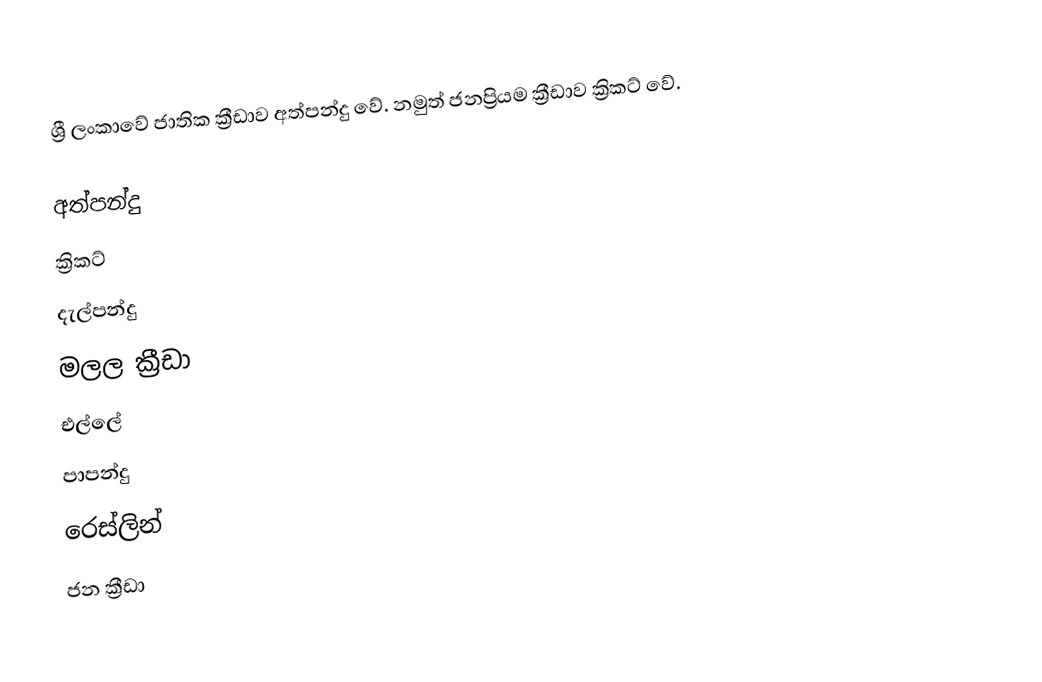
ශ්‍රී ලංකාවේ ජාතික ක්‍රීඩාව අත්පන්දු වේ. නමුත් ජනප්‍රියම ක්‍රීඩාව ක්‍රිකට් වේ.

අත්පන්දු
ක්‍රිකට්
දැල්පන්දු
මලල ක්‍රීඩා
එල්ලේ
පාපන්දු
රෙස්ලින්
ජන ක්‍රීඩා